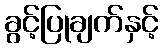
ခွင့်ပြုချက်နှင့်